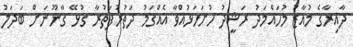
ދާއިރާގެ މުއާޒު މުހައްމަދު ރަޝީދު ހުށަހަޅުއްވާ އެއްގަމު ދަތުރުފަތުރާ ގުޅޭ ގާނޫނަށް ބަދަލު